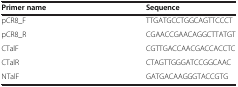
| Primer name | Sequence |
 | --- | --- |
 | pCR8_F | TTGATGCCTGGCAGTTCCCT |
 | pCR8_R | CGAACCGAACAGGCTTATGT |
 | CTalF | CGTTGACCAACGACCACCTC |
 | CTalR | CTAGTTGGGATCCGGCAAC |
 | NTalF | GATGACAAGGGTACCGTG |